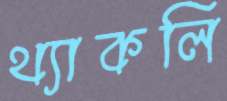
থ্যাকলি